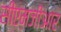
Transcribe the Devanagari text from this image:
सीएमजीआर